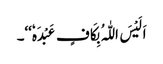
اَلَیْسَ اللّٰہُ بِکَافٍ عَبْدَہٗ‘‘۔